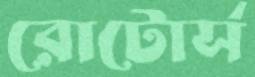
রোটোর্স